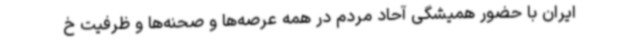
ایران با حضور همیشگی آحاد مردم در همه عرصه‌ها و صحنه‌ها و ظرفیت خ